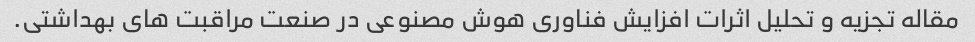
مقاله تجزیه و تحلیل اثرات افزایش فناوری هوش مصنوعی در صنعت مراقبت های بهداشتی.